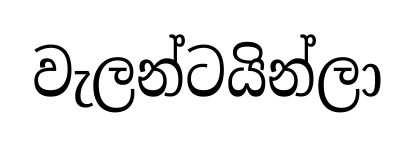
වැලන්ටයින්ලා